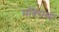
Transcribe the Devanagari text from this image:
मक्सिमा